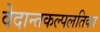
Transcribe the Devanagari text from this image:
वेदान्तकल्पलतिका